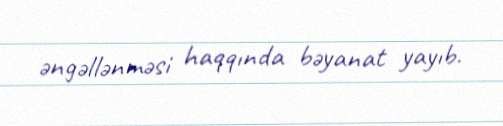
əngəllənməsi haqqında bəyanat yayıb.